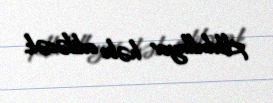
Abdullayev həbs ediləcək.